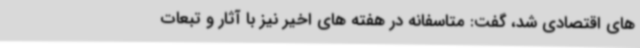
های اقتصادی شد، گفت: متاسفانه در هفته های اخیر نیز با آثار و تبعات